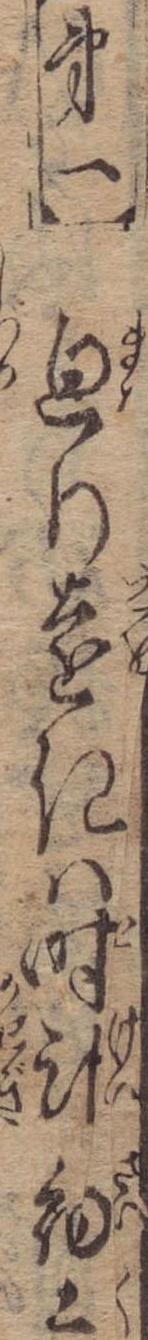
第一廻り遠きは時計細工